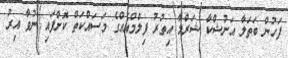
ފަހުން ބަތަލާ އަނުޝްކާ ޝަރްމާ އިތުރު ފިލްމްއެއްގެ މަސައްކަތް ކޮށްފައި ނުވާ އިރު